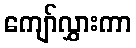
ကျော်လွှားကာ